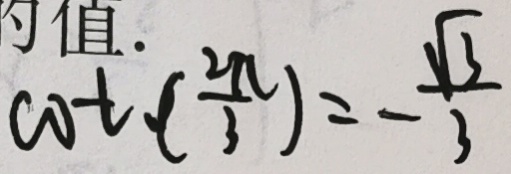
\cot ( \frac { 2 \pi } { 3 } ) = - \frac { \sqrt { 3 } } { 3 }